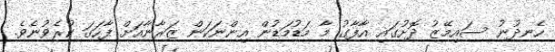
ހެނދުނު ސައިމޭޒު ދޮށުގައި އާފާގު މާ މަޑުމަޑުން އިންނަކަން ޒަރާނާއަށް ފާހަގަ ކުރެވުނެވެ.